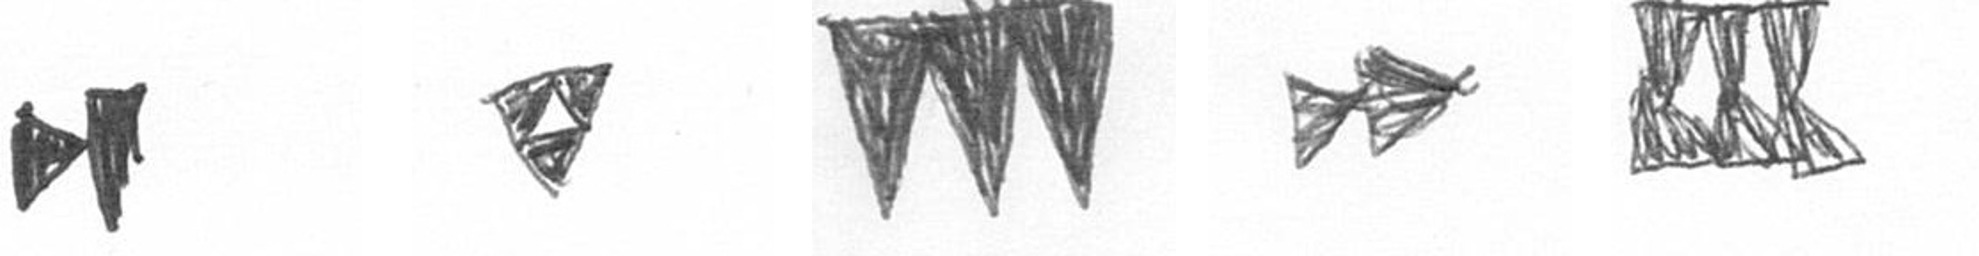
M S L A D